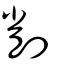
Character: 削